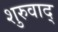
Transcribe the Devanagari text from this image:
शुरुवाद्